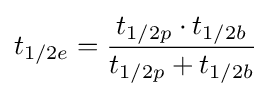
t_{1/2e}={\frac {t_{1/2p}\cdot t_{1/2b}}{t_{1/2p}+t_{1/2b}}}